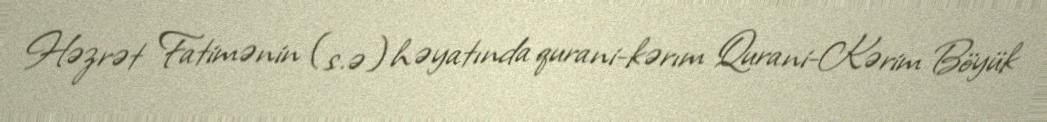
Həzrət Fatimənin (s.ə) həyatında qurani-kərım Qurani-Kərim Böyük